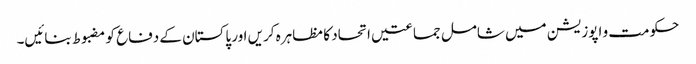
حکومت و اپوزیشن میں شامل جماعتیں اتحاد کا مظاہرہ کریں اور پاکستان کے دفاع کو مضبوط بنائیں۔